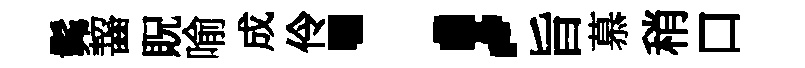
髴齧貺喻成伶；旨慕稍口